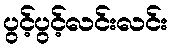
ပွင့်ပွင့်လင်းလင်း